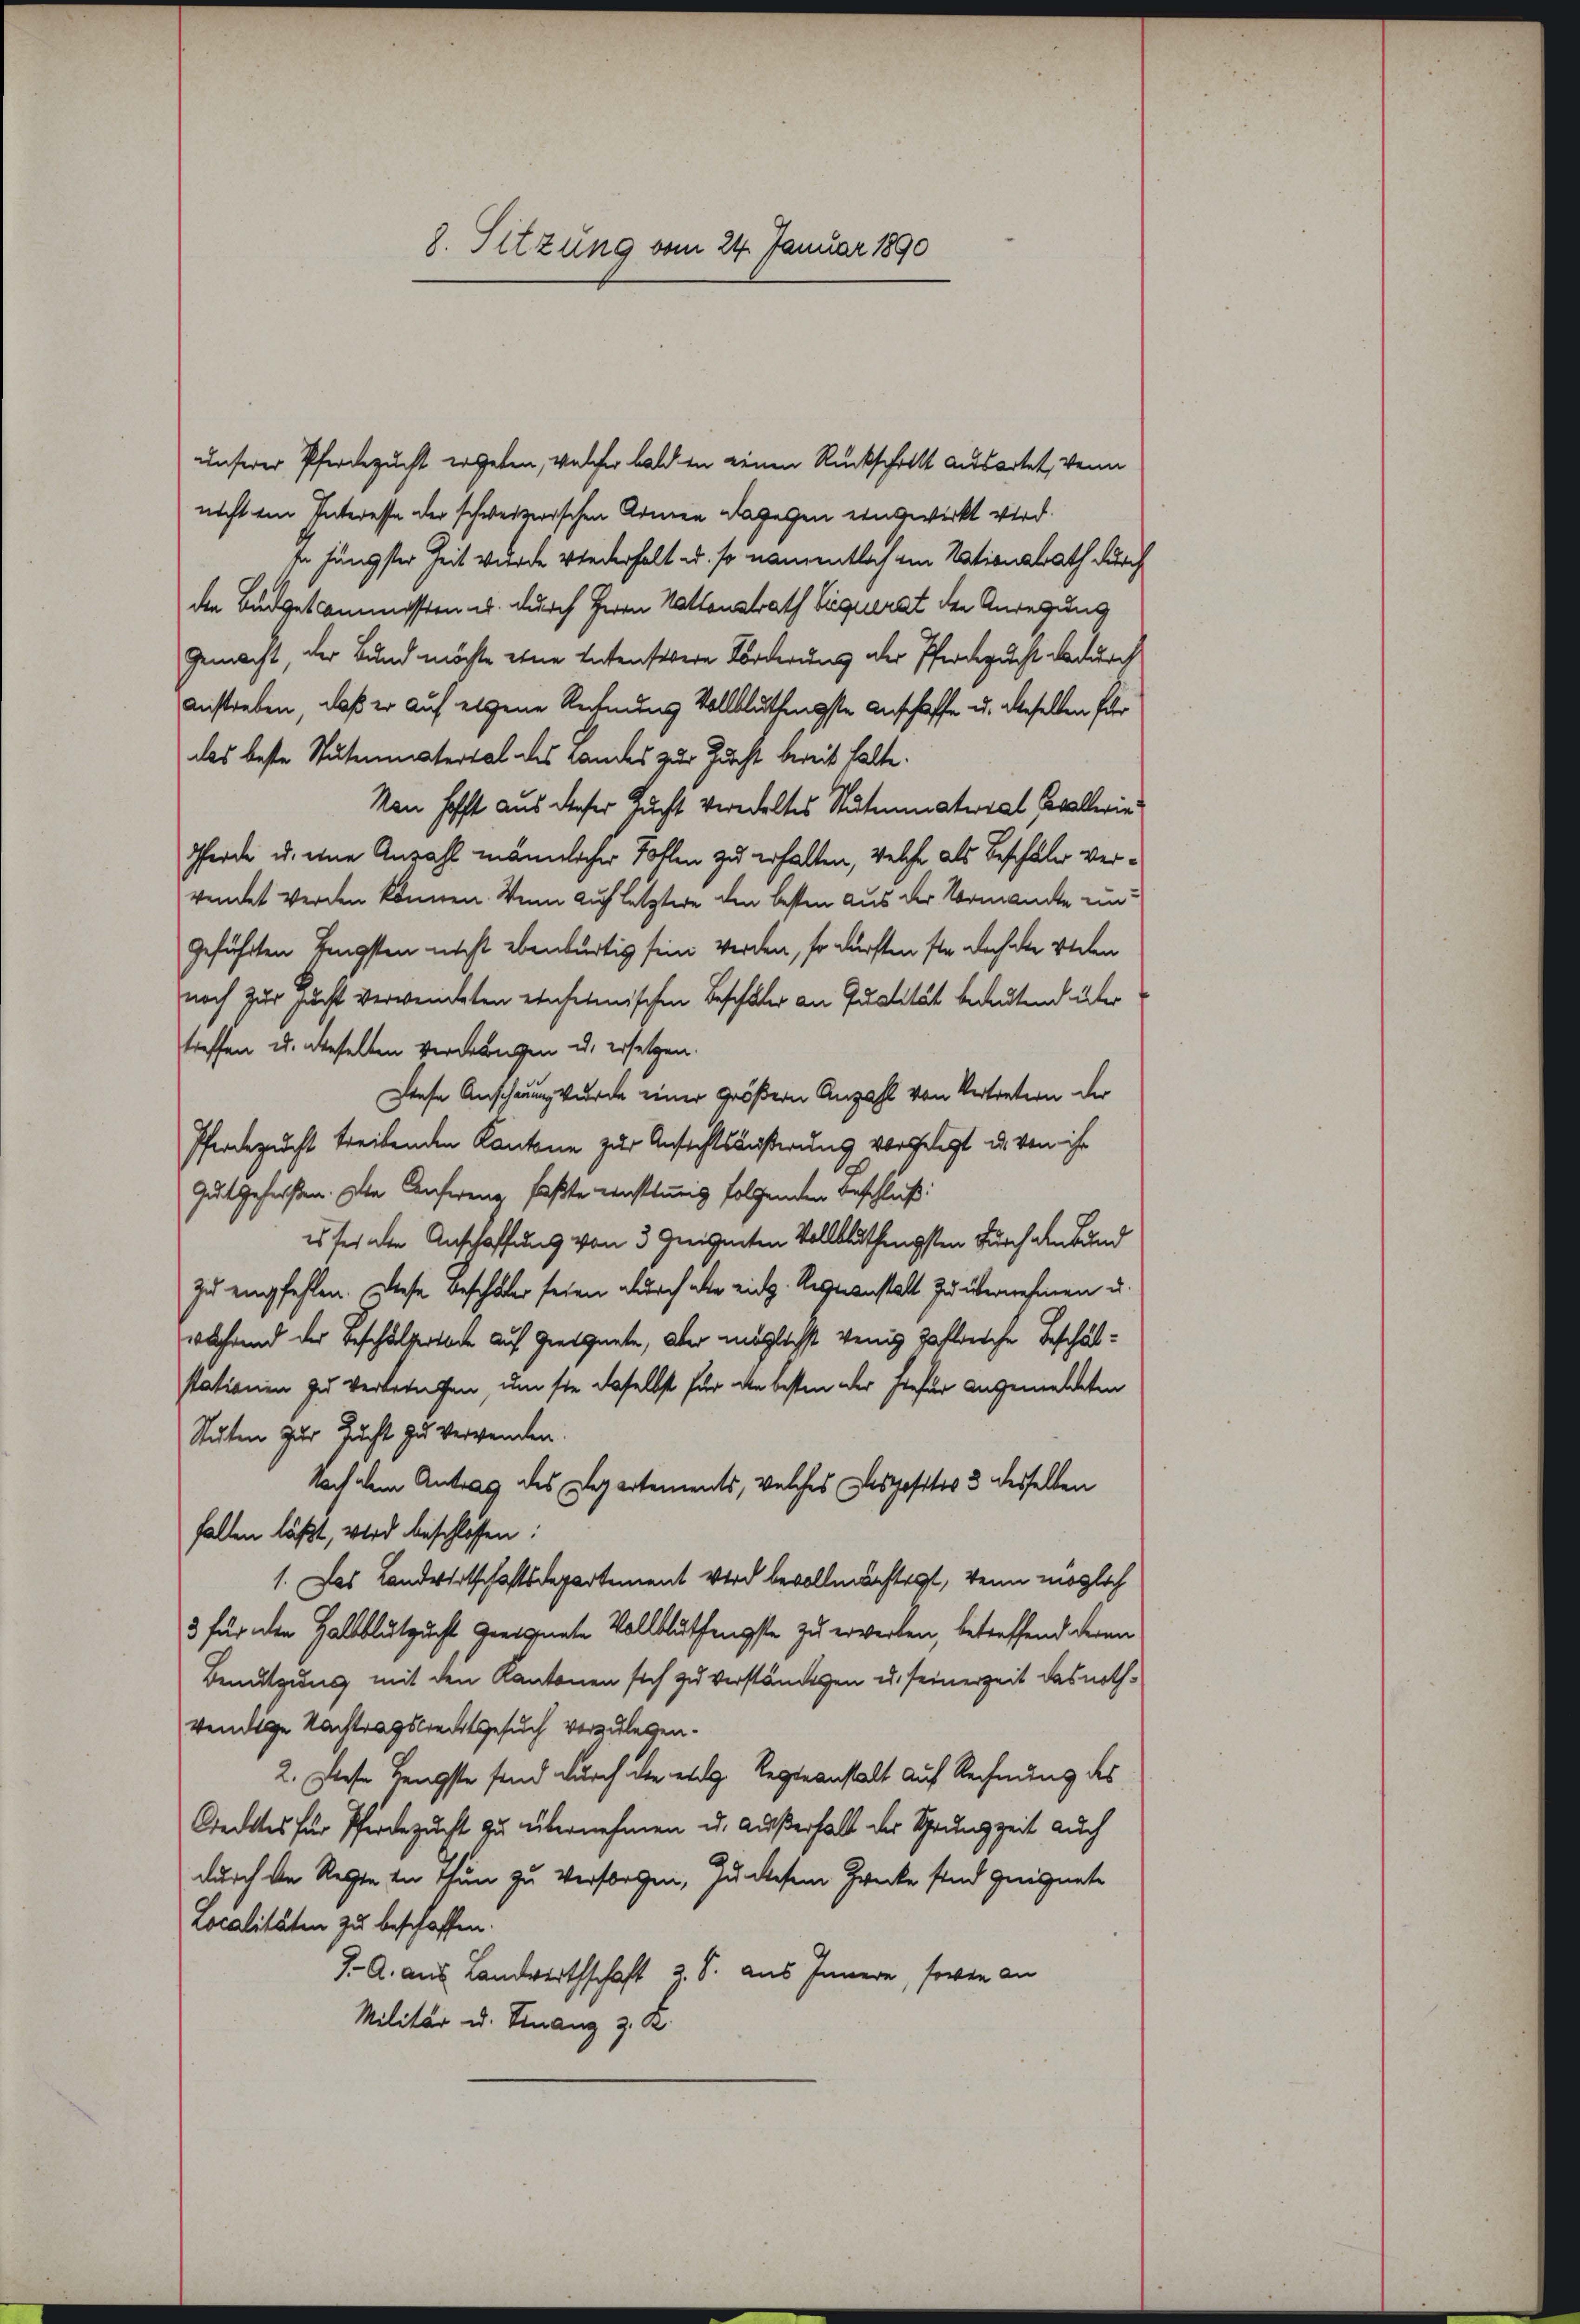
8. Sitzung vom 24. Januar 1890

unserer Pferdezucht ergeben, welcher bald in einen Rückschritt ausartet, wenn
nicht ein Interesse der schweizerischen Armen dagegen eingewirkt wird.
In jüngster Zeit wurde wiederhalt u. so namentlich ein Nationsrath durch
den Budgetkommissen u. durch Herrn Natonsrath Siquerat der Anregung
Gemacht, der Bund möchte eine Entenstbere Forderung der Pfersucht dadurch
Anstreben, daß er auf eigene Rechnung vollbluthengste Anschaffe u. beselben für
das beste Stutmaterial des Landes zur Zucht bereit halte.
Non hofft aus dieser Zucht veredeltes Stutenmaterial Cavallerie
Pferde u. eine Anzahl männlicher Fohlen zu erhalten, welche als Beschäler verwendet werden können. Wenn auf letztere den besten aus der Vormanche eingeführten Lengsten nicht ebenbürtig sein werden, so dürften sie doch die verlen
nach zur sucht verweiteten einheimischen Beschäler an Qualität bedeutend über
treffen u. überhalten verdrängen u. ersetzen.
Diese Anschauung wurde einer größern Anzahl von Vertretern der
Pferdezucht treibenden Kantone zur Anfechtsäußerung vorgelegt u. von ihr
Gutgeheißen. Die Anfereng faßte einstig folgenden Beschluß:
es sei der Anschaffung von 3 geeigneten Vollbluthengsten durch den Bund
zu empfehlen. Diese Beschädler seien durch die eidg. Regienstalt zu übernehmen u.
während der Beschälertliche auf geeignete, aber möglichst wenig zahlreiche Beschälstationen zu verbringen, um sie daselbst für den besten der hiefür angemeldeten
Stuten zur Zucht zu verwenden.
Nach dem Antrag des Departements, welches Dispositio 3 desselben
fallen läßt, wird beschlossen:
1. Das Landwirtschaftsdepartement wird bevollmächtigt, wenn möglich
3 für den Halblutzucht geeignete Vollblüthengste zu erwerken, betreffend deren
Benutzung mit den Kantonen sich zu verständigen u. seinerzeit das nothvendige Nachtragstentgesuch vorzulegen.
2. Diese Hengste sind durch die et Regieanstalt auf Rechnung des
Credites für Pferdezucht zu übernehmen u. außerhalt der Sprunzzeit auch
durch den Regte in Thun zu Versorgen, zu diesem Zwecke sind geeignete
Localitäten zu beschaffen.
J. A. aus Landwirthschaft 2 S. aus Innern, sowie an
Militär u. Finanz z. K.